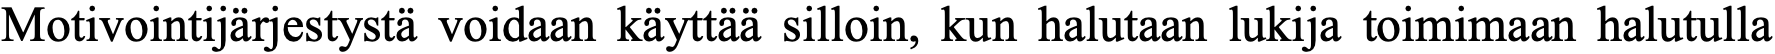
Motivointijärjestystä voidaan käyttää silloin, kun halutaan lukija toimimaan halutulla